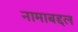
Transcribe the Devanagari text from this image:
नामाबद्दल